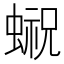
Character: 𰳓